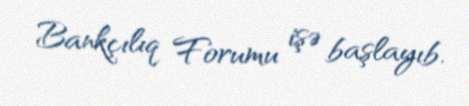
Bankçılıq Forumu işə başlayıb.